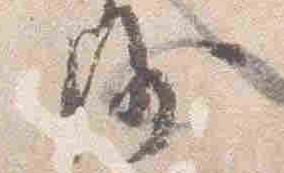
沙